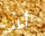
أطفئ